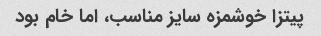
پیتزا خوشمزه سایز مناسب، اما خام بود